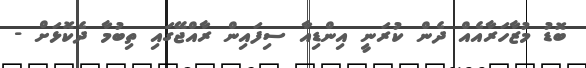
ބޮޑު މުޒާހަރާއެއް ދެން ކުރަނީ އިންޑިއާ ސިފައިން ރާއްޖޭގައި ތިބުމާ ދެކޮޅަށް -